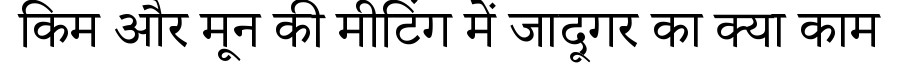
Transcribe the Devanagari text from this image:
किम और मून की मीटिंग में जादूगर का क्या काम